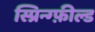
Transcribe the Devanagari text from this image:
स्प्रिन्ग्फ़ील्ड